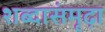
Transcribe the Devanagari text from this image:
शब्दासंमृढ़ा